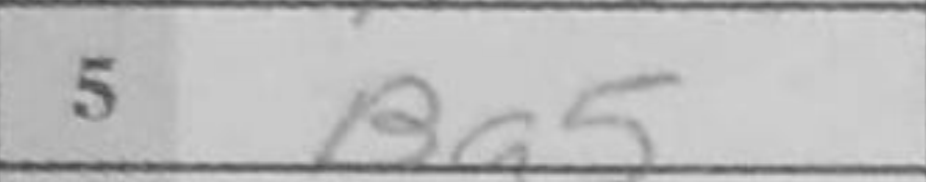
Transcription: Bg5